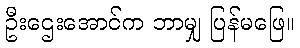
ဦးဌေးအောင်က ဘာမျှ ပြန်မဖြေ။